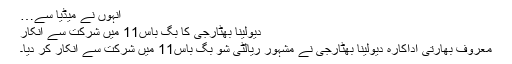
انہوں نے میڈیا سے…
دیولینا بھٹارجی کا بگ باس11 میں شرکت سے انکار
معروف بھارتی اداکارہ دیولینا بھٹارجی نے مشہور ریالٹی شو بگ باس11 میں شرکت سے انکار کر دیا۔